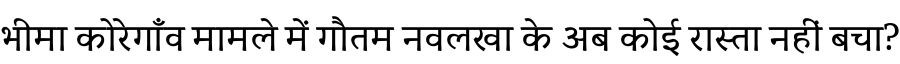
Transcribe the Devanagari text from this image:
भीमा कोरेगाँव मामले में गौतम नवलखा के अब कोई रास्ता नहीं बचा?